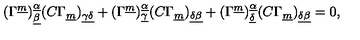
( \Gamma ^ { \underline { m } } ) _ { \underline { \beta } } ^ { \underline { \alpha } } ( C \Gamma _ { \underline { m } } ) _ { \underline { { \gamma \delta } } } + ( \Gamma ^ { \underline { m } } ) _ { \underline { \gamma } } ^ { \underline { \alpha } } ( C \Gamma _ { \underline { m } } ) _ { \underline { { \delta \beta } } } + ( \Gamma ^ { \underline { m } } ) _ { \underline { \delta } } ^ { \underline { \alpha } } ( C \Gamma _ { \underline { m } } ) _ { \underline { { \delta \beta } } } = 0 ,